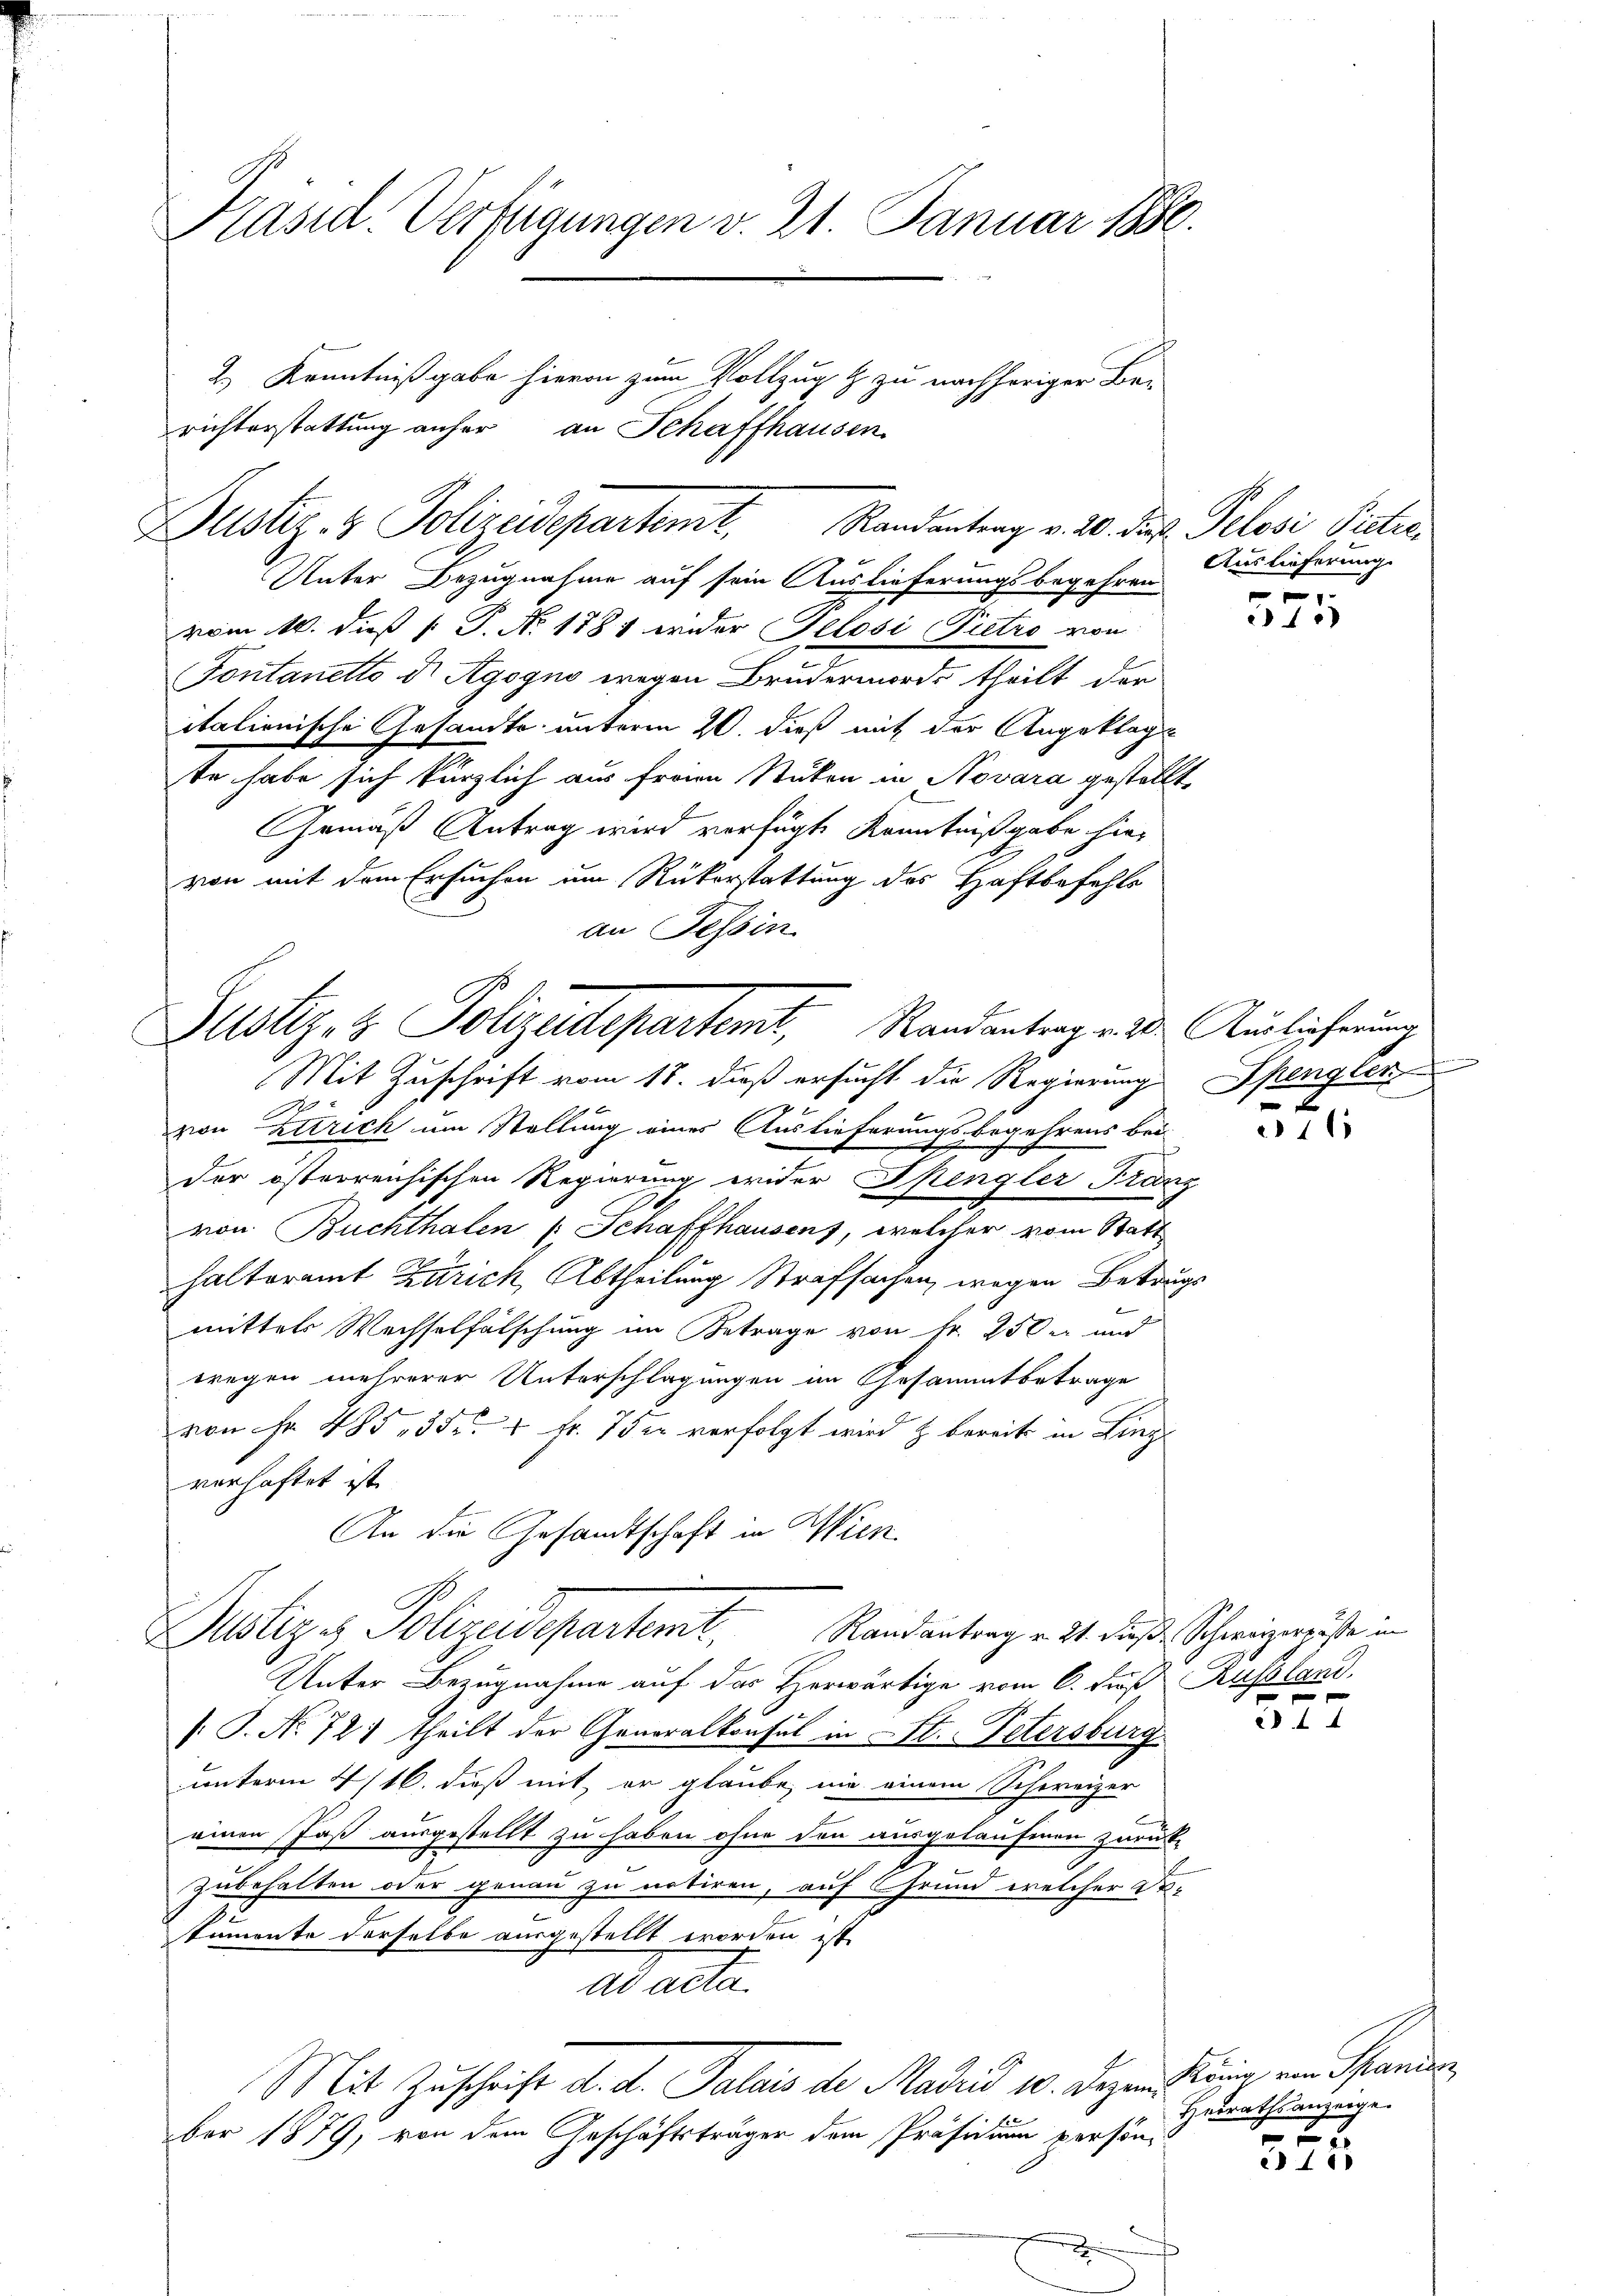
Prasil-Verfügungen v. 21. Januar 1880.

Unter Bezugnahme auf sein Auslieferungsbegehren
vom 10. dieß P. P. N. 1887 wider Pelosi Pietro von
Fontanetto d Agogno wegen Brudermorde theilt der
italionische Gesandte unterm 20. dieß mit der Angeklagt
te habe sich kürzlich aus freien Stuten in Novara gestellt.
Gemäß Antrag wird verfügte Kenntnißgabe hievon mit dem Ersuchen um Rükerstattung des Haftbefehls
an Tessin
Mit Zuschrift vom 18. dieß ersucht die Regierung Spengler
 x
vvon Ettrich um Stellung eines Auslieferungsbegehrens bei-
der österreichischen Regierung wider Spengler Franz
von Buchthalen (: Schaffhausen, welcher vom Statt
halteramt Zürich, Abtheilung Strafsachen, wegen Betrag

mittels Wechselfälschung im Betrage von Fr. 250 er und
wregen mehrerer Unterschlagungen im Gesammtbetrage
von Fr. 485, 357 Fr. 7 der verfolgt wird & bereits in Ling
verhaftet ist.
An die Gesandtschaft in Wien.
Justiz es Polizeidepartemt. Randantrag v. 21. dieß, Schweizerister in
Unter Bezugnahme auf das Herwärtige vom 6. Fuß Russland,
/: P. No 72) theilt der Generalkonsul in St. Petersburg
unterm 4/16. daß mit er glaube, nie einem Schweizer
x
einen Jaß ausgestellt zu haben ohne den ausgeläufenen zurück-
Zubehalten oder genau zu notiren, auf Grund welcher da-
tumonte derselbe ausgestellt worden ist.
ad acta
Mit Zuschrift d. d. Palais der Madrid 10. Dezen König ein Pfanden
ber 1879, von dem Geschäftsträger dem Präsidium persön

2.) Kenntnißgabe hievon zum Vollzug & zu nachheriger Be-
richterstattung anher an Schaffhausen
Justiz- & Polizeidepartemt. Randantrag v. 20. die Pelosi Pistra¬

Justiz- & Polizeidepartemt, Randantrag v. 30. Auslicherung

Auslieferung.

e
1

x

2115

xx

Hedrathsanzeige.
r

15